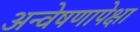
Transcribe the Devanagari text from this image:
अन्वेषणापेक्षा